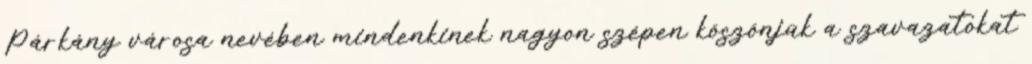
Párkány városa nevében mindenkinek nagyon szépen köszönjük a szavazatokat